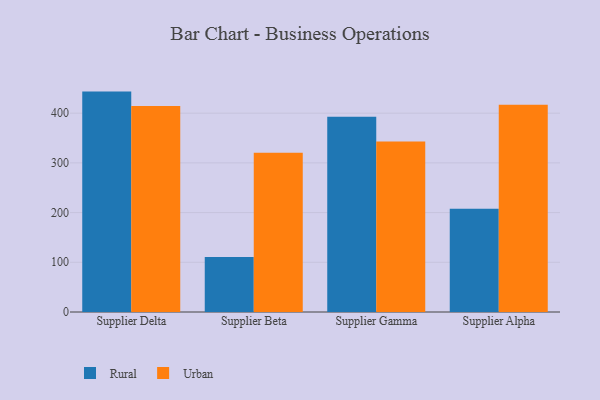
{"axis": {"x": "Supplier", "y": "LTV (USD)"}, "legend": ["Rural", "Urban"], "data": [{"x": "Supplier Delta", "y": 443.4, "type": "Rural"}, {"x": "Supplier Delta", "y": 414.6, "type": "Urban"}, {"x": "Supplier Beta", "y": 110.9, "type": "Rural"}, {"x": "Supplier Beta", "y": 320.2, "type": "Urban"}, {"x": "Supplier Gamma", "y": 392.6, "type": "Rural"}, {"x": "Supplier Gamma", "y": 342.9, "type": "Urban"}, {"x": "Supplier Alpha", "y": 207.8, "type": "Rural"}, {"x": "Supplier Alpha", "y": 417.1, "type": "Urban"}]}